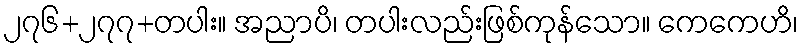
၂၇၆+၂၇၇+တပါး။ အညာပိ၊ တပါးလည်းဖြစ်ကုန်သော။ ကေကေဟိ၊